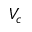
V _ { c }